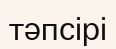
тәпсірі